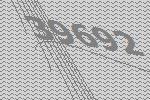
39692